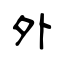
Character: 外